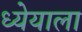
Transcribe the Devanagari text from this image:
ध्येयाला